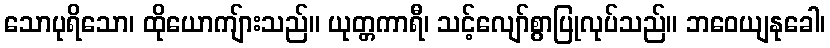
သောပုရိသော၊ ထိုယောကျ်ားသည်။ ယုတ္တကာရီ၊ သင့်လျော်စွာပြုလုပ်သည်။ ဘဝေယျနုခေါ၊